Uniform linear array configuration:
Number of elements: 16
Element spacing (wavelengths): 0.25
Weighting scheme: binomial
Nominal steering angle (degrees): -15
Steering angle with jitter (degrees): -16.81
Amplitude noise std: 0.05
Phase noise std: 0.05

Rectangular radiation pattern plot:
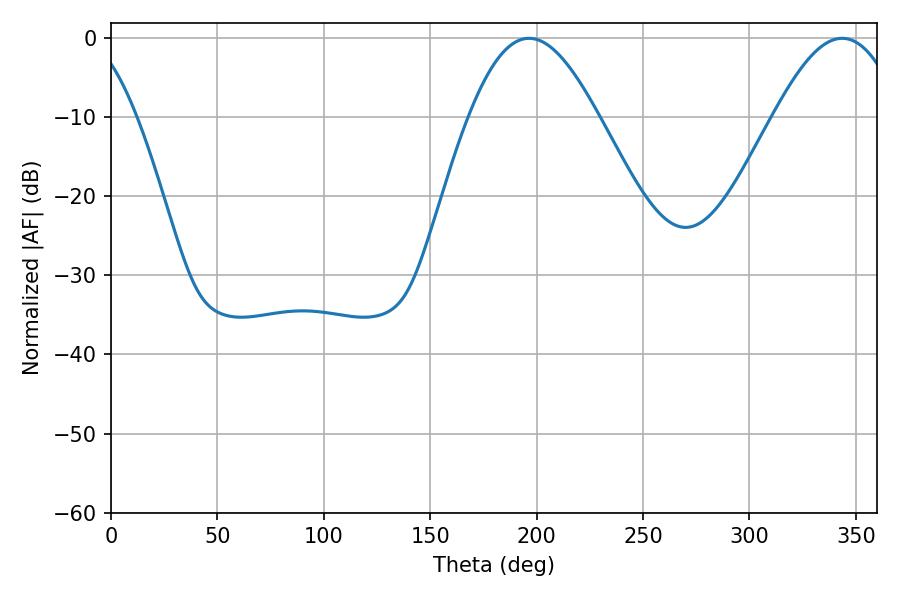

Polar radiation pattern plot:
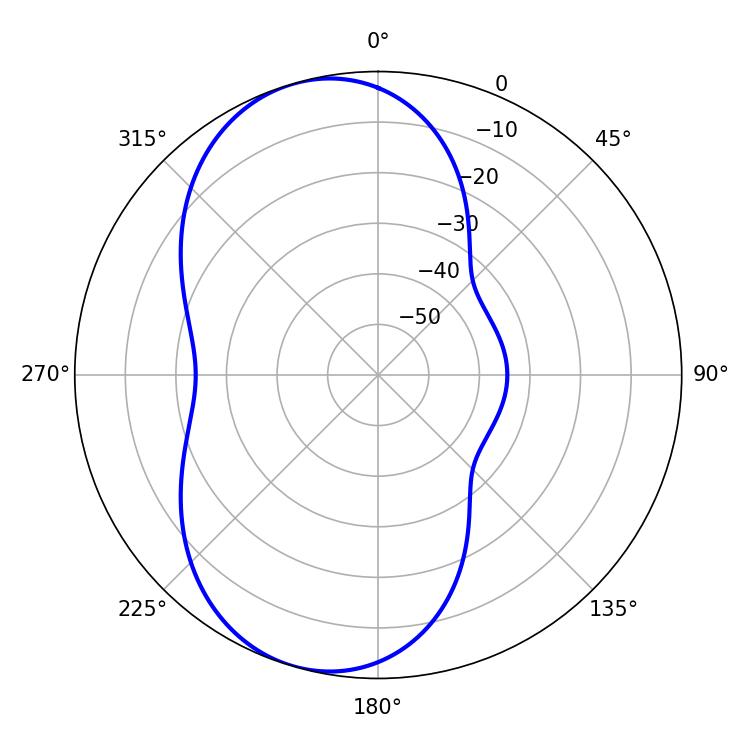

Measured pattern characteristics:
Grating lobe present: FALSE
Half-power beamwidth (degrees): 32.76
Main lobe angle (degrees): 196.38